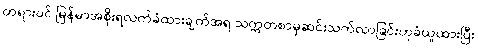
တရားဝင် မြန်မာအစိုးရလက်ခံထားချက်အရ သက္ကတစာမှဆင်းသက်လာခြင်းဟုခံယူထားပြီး